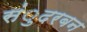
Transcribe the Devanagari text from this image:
संुदरबन